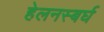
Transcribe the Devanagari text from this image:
हेलनस्बर्घ